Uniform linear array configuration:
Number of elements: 24
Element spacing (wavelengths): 0.5
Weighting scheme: exponential
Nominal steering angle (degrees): -15
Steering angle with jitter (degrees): -15.565
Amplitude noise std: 0.05
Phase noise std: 0.05

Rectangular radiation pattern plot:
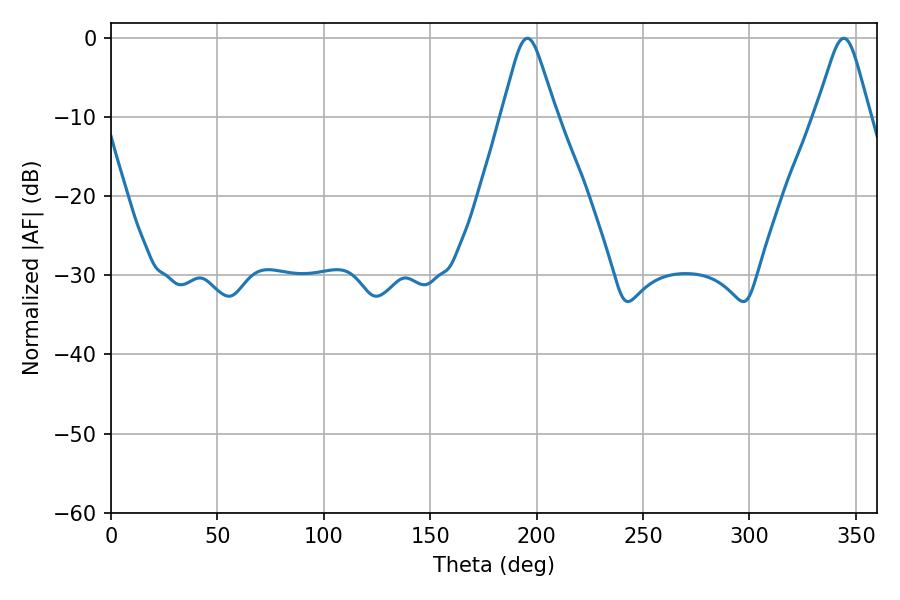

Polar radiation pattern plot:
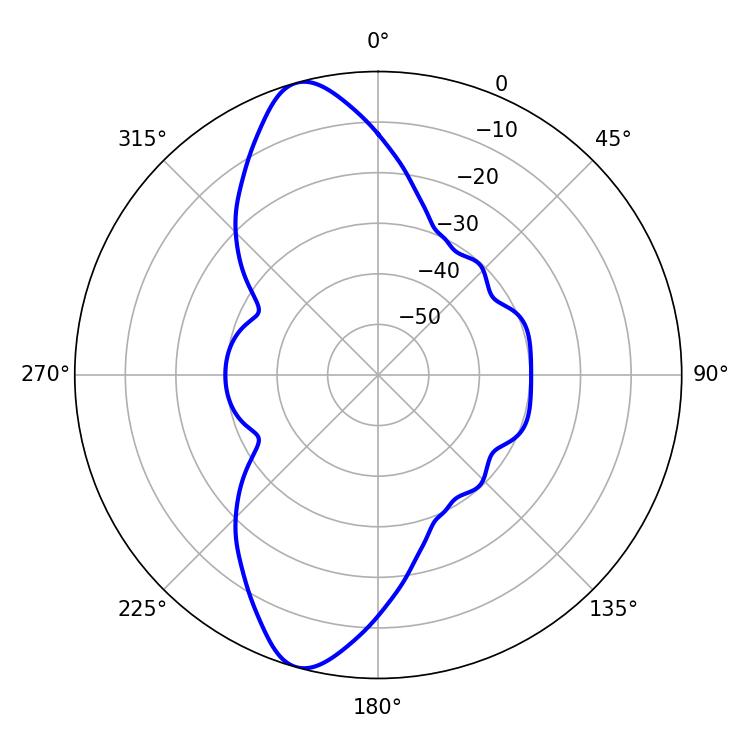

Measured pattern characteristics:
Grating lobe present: FALSE
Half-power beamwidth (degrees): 12.24
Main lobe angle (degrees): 195.66